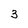
Character: 3